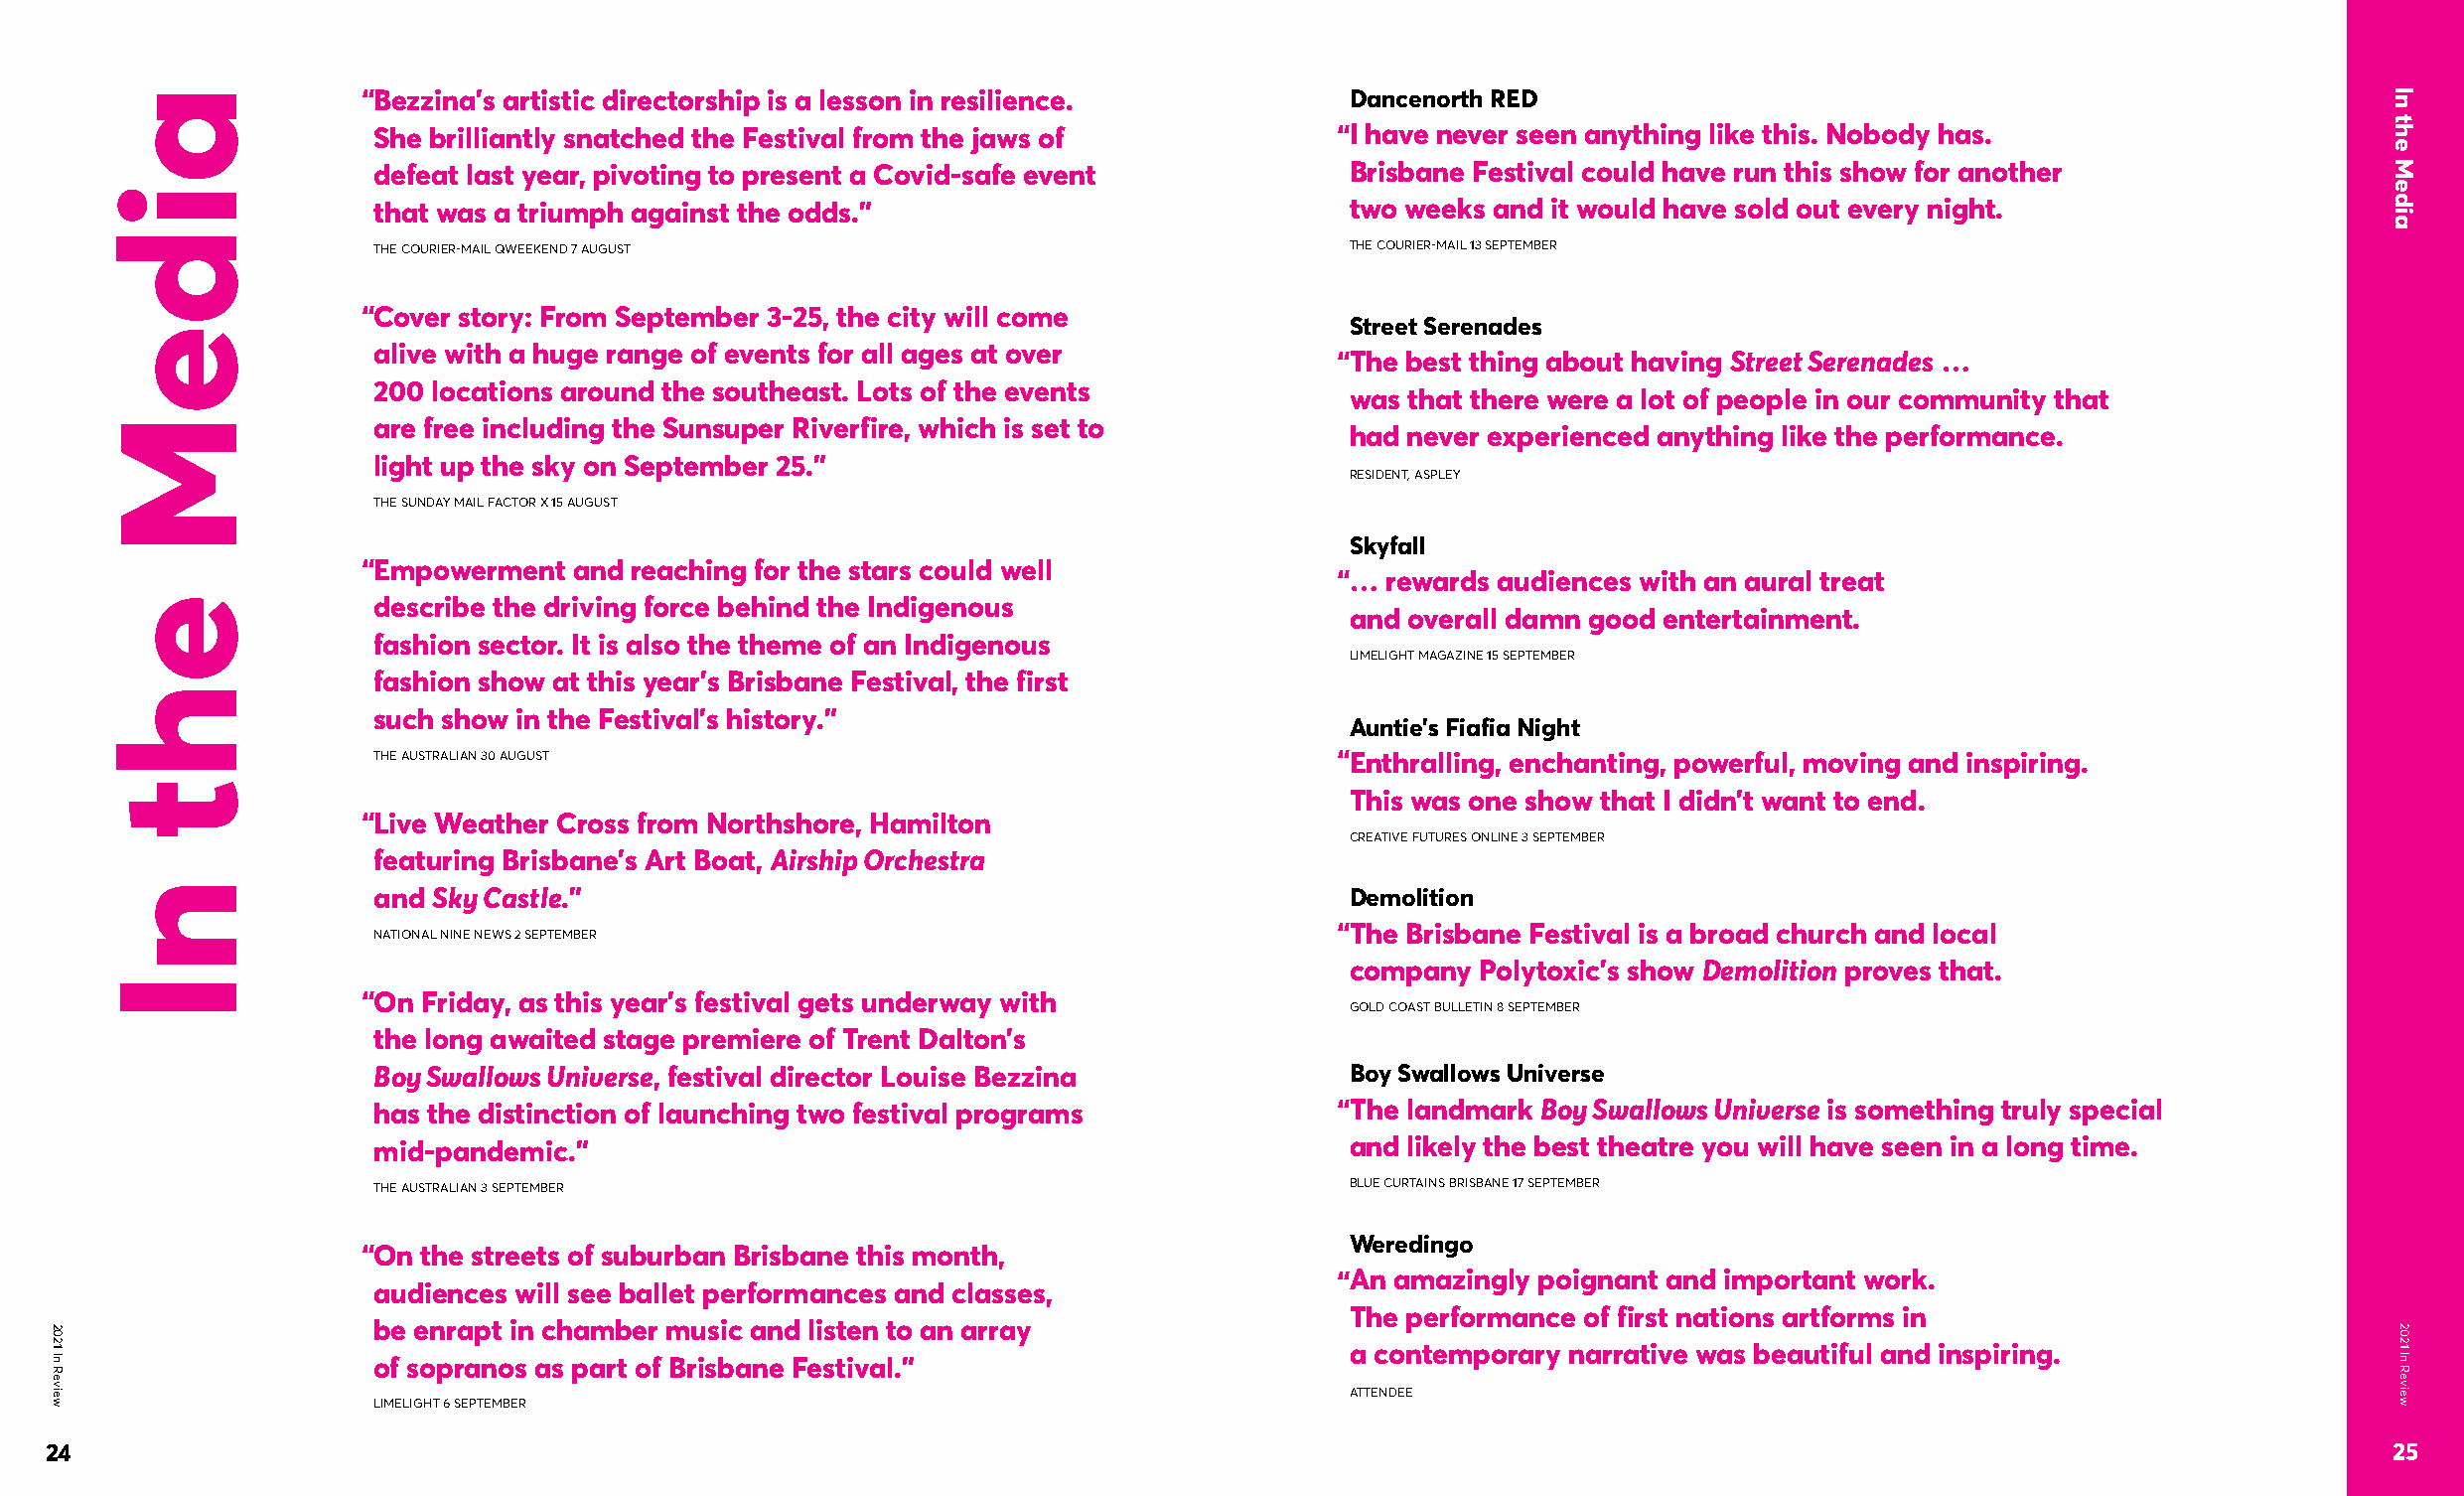
“Bezzina’s artistic directorship is a lesson in resilience.       Dancenorth RED
 She brilliantly snatched the Festival from the jaws of          “I have never seen anything like this. Nobody has.
 defeat last year, pivoting to present a Covid-safe event         Brisbane Festival could have run this show for another
 that was a triumph against the odds.”                            two weeks and it would have sold out every night.
 THE COURIER-MAIL QWEEKEND 7 AUGUST                               THE COURIER-MAIL 13 SEPTEMBER
 “Cover story: From September 3-25, the city will come
 Street Serenades
 alive with a huge range of events for all ages at over
 “The best thing about having Street Serenades …
 200 locations around the southeast. Lots of the events
 was that there were a lot of people in our community that
 are free including the Sunsuper Riverfire, which is set to
 had never experienced anything like the performance.
 light up the sky on September 25.”
 RESIDENT, ASPLEY
 THE SUNDAY MAIL FACTOR X 15 AUGUST
 Skyfall
 “Empowerment  and reaching for the stars could well
 “… rewards audiences with an aural treat
 describe the driving force behind the Indigenous
 and overall damn good entertainment.
 fashion sector. It is also the theme of an Indigenous
 LIMELIGHT MAGAZINE 15 SEPTEMBER
 fashion show at this year’s Brisbane Festival, the first
 such show in the Festival’s history.”
 Auntie’s Fiafia Night
 THE AUSTRALIAN 30 AUGUST                                        “Enthralling, enchanting, powerful, moving and inspiring.
 This was one show that I didn’t want to end.
 “Live Weather Cross from Northshore, Hamilton
 CREATIVE FUTURES ONLINE 3 SEPTEMBER
 featuring Brisbane’s Art Boat, Airship Orchestra
 and Sky Castle.”                                                 Demolition
 “The Brisbane Festival is a broad church and local
 NATIONAL NINE NEWS 2 SEPTEMBER
 company  Polytoxic’s show Demolition proves that.
 “On Friday, as this year’s festival gets underway with
 GOLD COAST BULLETIN 8 SEPTEMBER
 the long awaited stage premiere of Trent Dalton’s
 Boy Swallows Universe, festival director Louise Bezzina          Boy Swallows Universe
 has the distinction of launching two festival programs          “The landmark Boy Swallows Universe is something truly special
 mid-pandemic.”                                                   and likely the best theatre you will have seen in a long time.
 THE AUSTRALIAN 3 SEPTEMBER                                       BLUE CURTAINS BRISBANE 17 SEPTEMBER
 Weredingo
 “On the streets of suburban Brisbane this month,
 “An amazingly poignant and important work.
 audiences will see ballet performances and classes,
 The performance of first nations artforms in
 be enrapt in chamber music and listen to an array
 a contemporary narrative was beautiful and inspiring.
 of sopranos as part of Brisbane Festival.”
 ATTENDEE
 LIMELIGHT 6 SEPTEMBER
 24                                                                                                                                                          25
 2021
 In
 Review
 aideM
 eht
 nI
 In
 the
 Media
 2021
 In
 Review